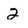
Character: 2